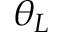
\theta _ { L }